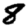
Digit: 8